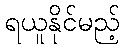
ရယူနိုင်မည့်